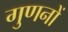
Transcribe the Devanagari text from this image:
गुणनों